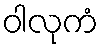
ဝါလုကံ